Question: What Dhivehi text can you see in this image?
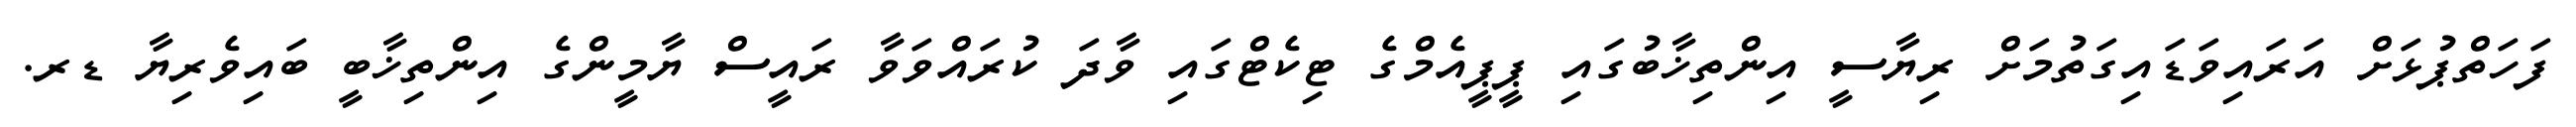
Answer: ފަހަތްޕުޅަށް އަރައިވަޑައިގަތުމަށް ރިޔާސީ އިންތިޚާބުގައި ޕީޕީއެމްގެ ޓިކެޓްގައި ވާދަ ކުރައްވަވާ ރައީސް ޔާމީންގެ އިންތިޚާބީ ބައިވެރިޔާ ޑރ.